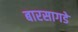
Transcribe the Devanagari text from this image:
बारसागडे